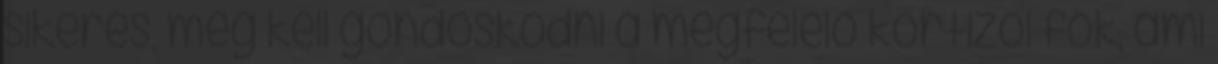
sikeres, meg kell gondoskodni a megfelelő kortizol fok, ami